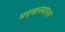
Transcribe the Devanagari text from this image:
मदवानमास्तर